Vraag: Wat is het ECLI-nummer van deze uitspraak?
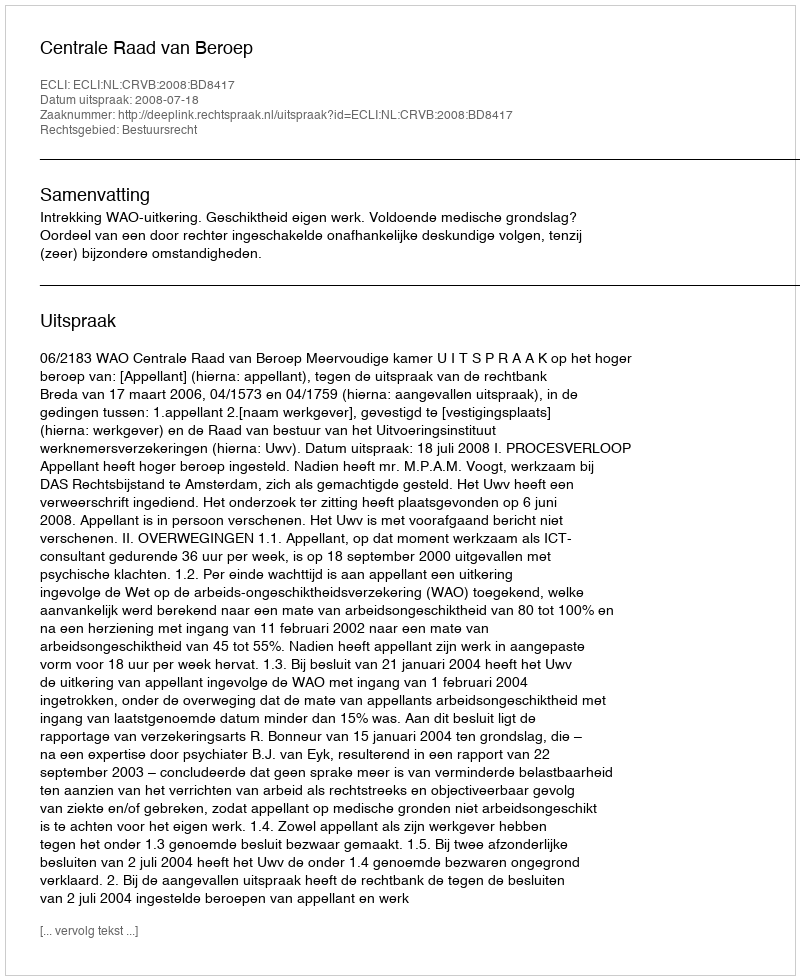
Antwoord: ECLI:NL:CRVB:2008:BD8417